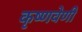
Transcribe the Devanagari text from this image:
कृष्णवेणी